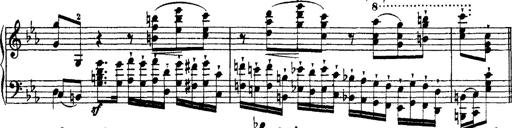
Title: Ã‰tudes d'exÃ©cution transcendante d'aprÃ¨s Paganini
Composer: Franz Liszt